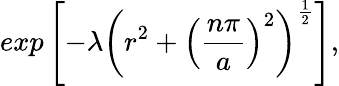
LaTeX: exp\left[-\lambda\left(r^{2}+\left(\frac{n\pi}{a}\right)^{2}\right)^{\frac{1}{2}}\right],